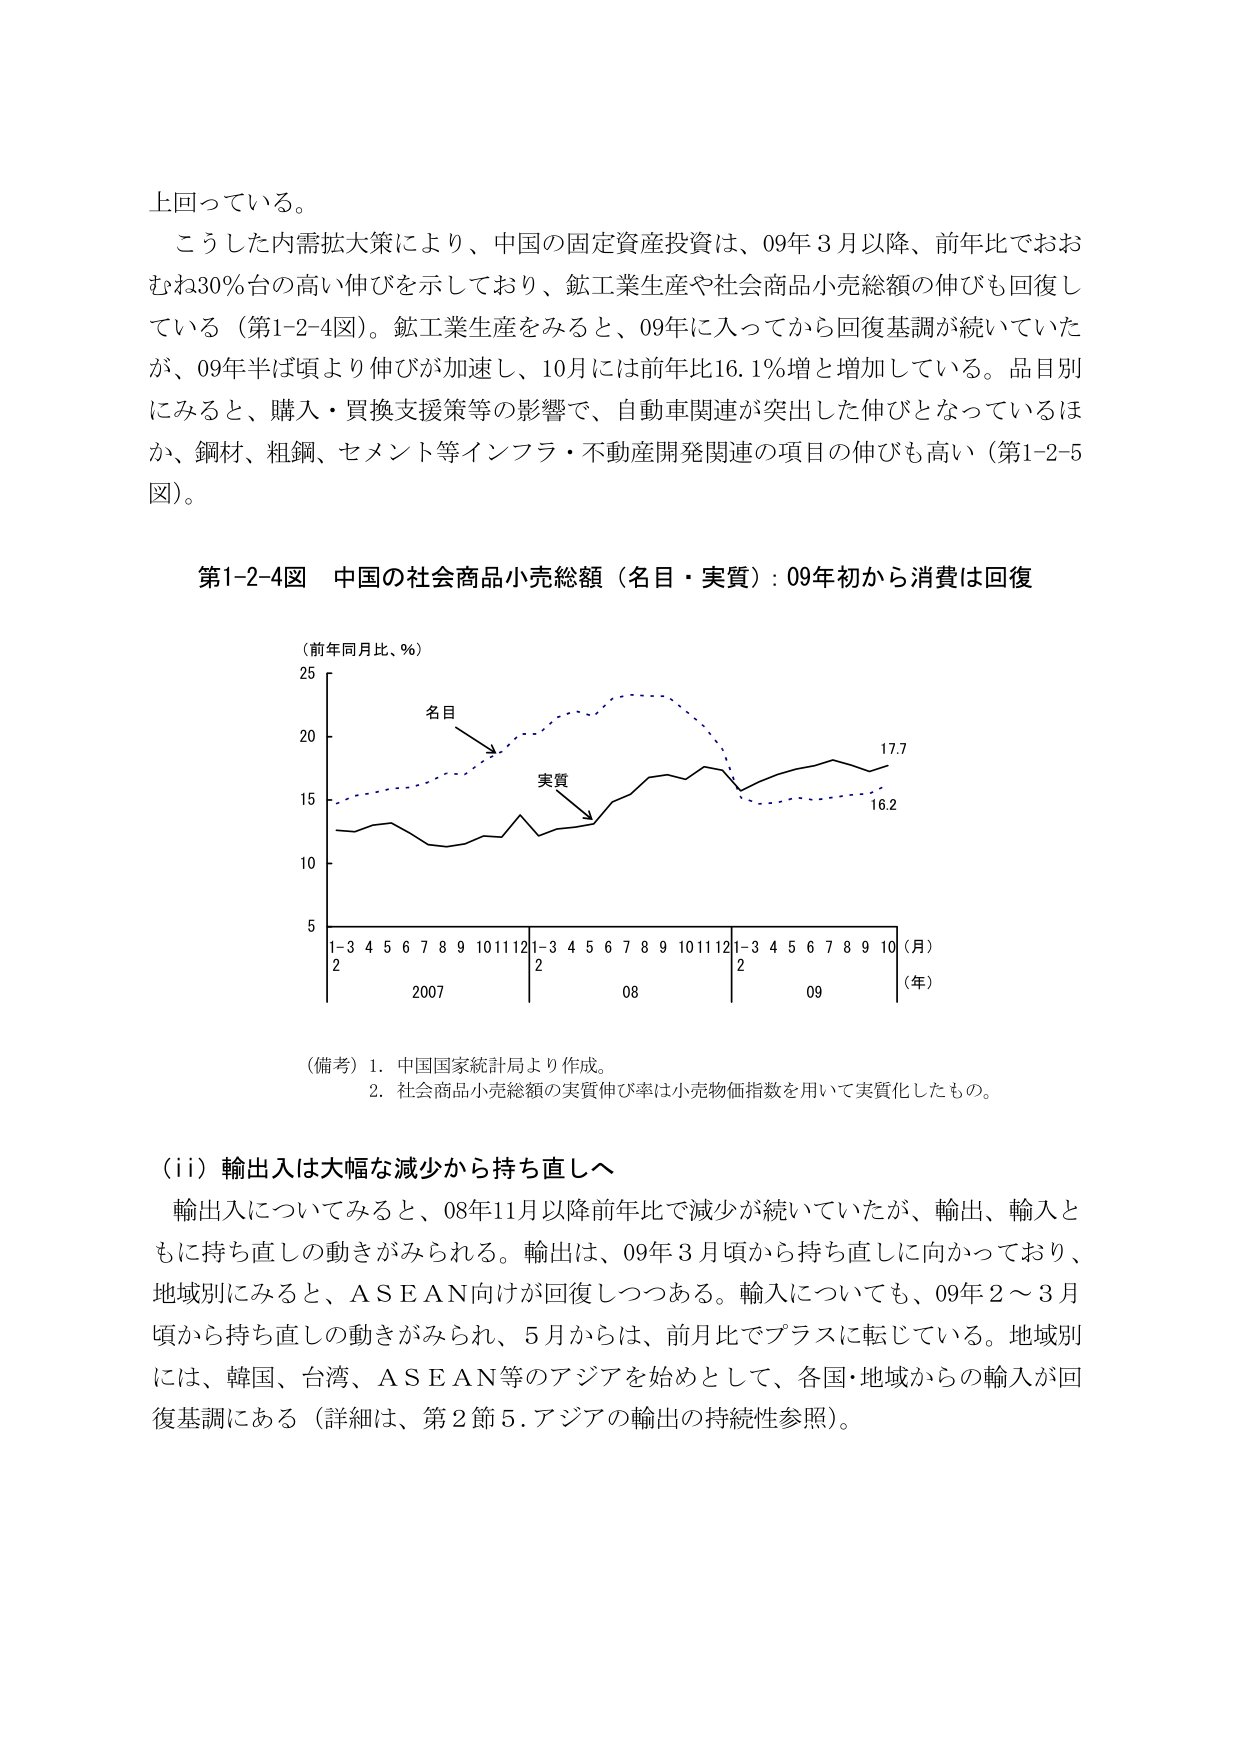
上回っている。

こうした内需拡大策により、中国の固定資産投資は、09年3月以降、前年比でおおむね30％台の高い伸びを示しており、鉱工業生産や社会商品小売総額の伸びも回復している（第1-2-4図）。鉱工業生産をみると、09年に入ってから回復基調が続いていたが、09年半ば頃より伸びが加速し、10月には前年比16.1％増と増加している。品目別にみると、購入・買換支援策等の影響で、自動車関連が突出した伸びとなっているほか、鋼材、粗鋼、セメント等インフラ・不動産開発関連の項目の伸びも高い（第1-2-5図）。

第1-2-4図　中国の社会商品小売総額（名目・実質）：09年初から消費は回復

（前年同月比、％）
25
20
15
10
5
1-3 4 5 6 7 8 9 10 11 12 1-3 4 5 6 7 8 9 10 11 12 1-3 4 5 6 7 8 9 10（月）
2　　　　　　　　　　　　　2　　　　　　　　　　　　　2
2007　　　　　　　　　　08　　　　　　　　　　　　09
（年）

名目
実質

17.7
16.2

（備考）1．中国国家統計局より作成。
　　　2．社会商品小売総額の実質伸び率は小売物価指数を用いて実質化したもの。

（ii）輸出入は大幅な減少から持ち直しへ

輸出入についてみると、08年11月以降前年比で減少が続いていたが、輸出、輸入ともに持ち直しの動きがみられる。輸出は、09年3月頃から持ち直しに向かっており、地域別にみると、ＡＳＥＡＮ向けが回復しつつある。輸入についても、09年2～3月頃から持ち直しの動きがみられ、5月からは、前月比でプラスに転じている。地域別には、韓国、台湾、ＡＳＥＡＮ等のアジアを始めとして、各国・地域からの輸入が回復基調にある（詳細は、第2節5．アジアの輸出の持続性参照）。